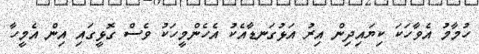
ހުމާމު އެވާހަކަ ކިޔައިދިން އިރު އަޅުގަނޑާއެކު އެހެންމީހަކު ވެސް ގޮޅީގައި އިން އެމީހާ